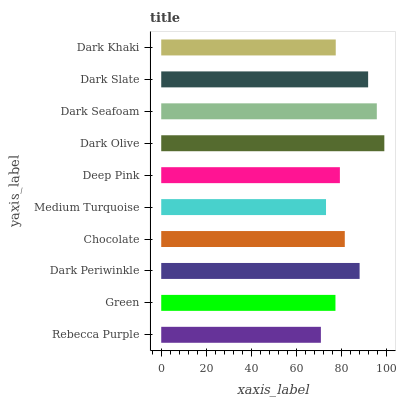
| yaxis_label | bars |
 | --- | --- |
 | Rebecca Purple | 70.7 |
 | Green | 77.2 |
 | Dark Periwinkle | 87.9 |
 | Chocolate | 81.3 |
 | Medium Turquoise | 73 |
 | Deep Pink | 79.1 |
 | Dark Olive | 98.8 |
 | Dark Seafoam | 95.5 |
 | Dark Slate | 91.6 |
 | Dark Khaki | 77.3 |